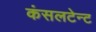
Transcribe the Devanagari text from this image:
कंसलटेन्ट